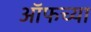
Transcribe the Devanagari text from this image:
ऑफच्या